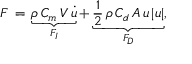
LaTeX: F \, = \, \underbrace { \rho \, C _ { m } \, V \, { \dot { u } } } _ { F _ { I } } + \underbrace { { \frac { 1 } { 2 } } \, \rho \, C _ { d } \, A \, u \, | u | } _ { F _ { D } } ,